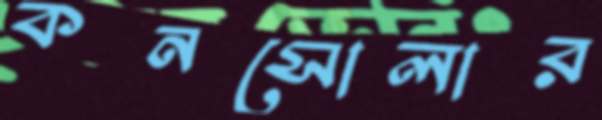
কনসোলার